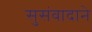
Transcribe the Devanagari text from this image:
सुसंवादाने